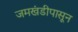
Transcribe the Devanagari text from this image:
जमखंडीपासून